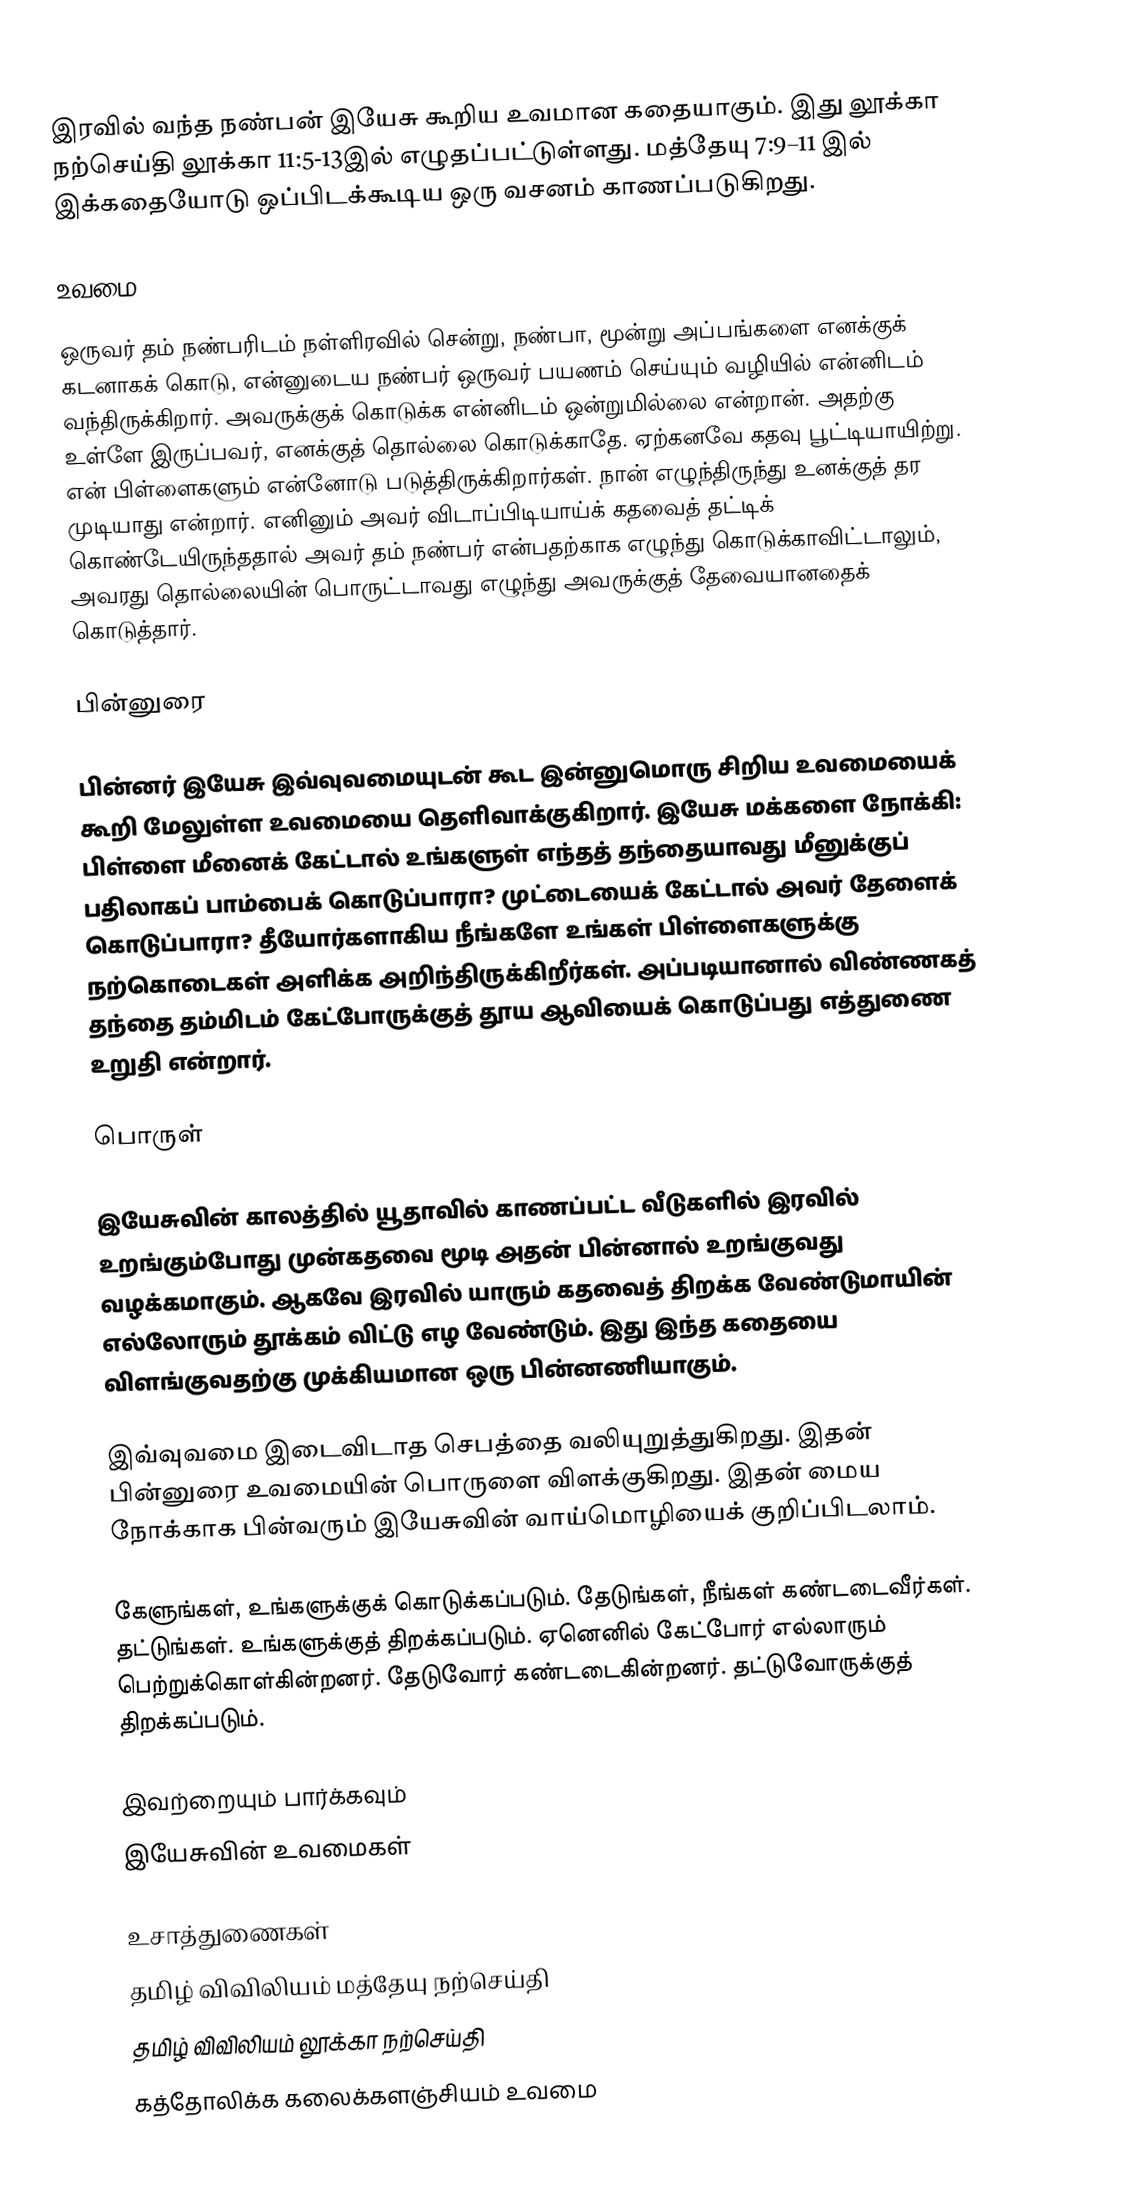
இரவில் வந்த நண்பன்  இயேசு கூறிய உவமான கதையாகும். இது லூக்கா நற்செய்தி லூக்கா 11:5-13இல் எழுதப்பட்டுள்ளது. மத்தேயு  7:9–11 இல் இக்கதையோடு ஒப்பிடக்கூடிய ஒரு வசனம் காணப்படுகிறது.

உவமை

ஒருவர் தம் நண்பரிடம் நள்ளிரவில் சென்று, நண்பா, மூன்று அப்பங்களை எனக்குக் கடனாகக் கொடு, என்னுடைய நண்பர் ஒருவர் பயணம் செய்யும் வழியில் என்னிடம் வந்திருக்கிறார். அவருக்குக் கொடுக்க என்னிடம் ஒன்றுமில்லை என்றான். அதற்கு உள்ளே இருப்பவர், எனக்குத் தொல்லை கொடுக்காதே. ஏற்கனவே கதவு பூட்டியாயிற்று. என் பிள்ளைகளும் என்னோடு படுத்திருக்கிறார்கள். நான் எழுந்திருந்து உனக்குத் தர முடியாது என்றார். எனினும் அவர் விடாப்பிடியாய்க் கதவைத் தட்டிக் கொண்டேயிருந்ததால் அவர் தம் நண்பர் என்பதற்காக எழுந்து கொடுக்காவிட்டாலும், அவரது தொல்லையின் பொருட்டாவது எழுந்து அவருக்குத் தேவையானதைக் கொடுத்தார்.

பின்னுரை

பின்னர் இயேசு இவ்வுவமையுடன் கூட இன்னுமொரு சிறிய உவமையைக் கூறி மேலுள்ள உவமையை தெளிவாக்குகிறார். இயேசு மக்களை நோக்கி: பிள்ளை மீனைக் கேட்டால் உங்களுள் எந்தத் தந்தையாவது மீனுக்குப் பதிலாகப் பாம்பைக் கொடுப்பாரா? முட்டையைக் கேட்டால் அவர் தேளைக் கொடுப்பாரா? தீயோர்களாகிய நீங்களே உங்கள் பிள்ளைகளுக்கு நற்கொடைகள் அளிக்க அறிந்திருக்கிறீர்கள். அப்படியானால் விண்ணகத் தந்தை தம்மிடம் கேட்போருக்குத் தூய ஆவியைக் கொடுப்பது எத்துணை உறுதி என்றார்.

பொருள்

இயேசுவின் காலத்தில் யூதாவில் காணப்பட்ட வீடுகளில் இரவில் உறங்கும்போது முன்கதவை மூடி அதன் பின்னால் உறங்குவது வழக்கமாகும். ஆகவே இரவில் யாரும் கதவைத் திறக்க வேண்டுமாயின் எல்லோரும் தூக்கம் விட்டு எழ வேண்டும். இது இந்த கதையை விளங்குவதற்கு முக்கியமான ஒரு பின்னணியாகும்.

இவ்வுவமை இடைவிடாத செபத்தை வலியுறுத்துகிறது. இதன் பின்னுரை உவமையின் பொருளை விளக்குகிறது. இதன் மைய நோக்காக பின்வரும் இயேசுவின் வாய்மொழியைக் குறிப்பிடலாம்.

கேளுங்கள், உங்களுக்குக் கொடுக்கப்படும். தேடுங்கள், நீங்கள் கண்டடைவீர்கள். தட்டுங்கள். உங்களுக்குத் திறக்கப்படும். ஏனெனில் கேட்போர் எல்லாரும் பெற்றுக்கொள்கின்றனர். தேடுவோர் கண்டடைகின்றனர். தட்டுவோருக்குத் திறக்கப்படும்.

இவற்றையும் பார்க்கவும்
இயேசுவின் உவமைகள்

உசாத்துணைகள்
 தமிழ் விவிலியம் மத்தேயு நற்செய்தி
 தமிழ் விவிலியம் லூக்கா நற்செய்தி
 கத்தோலிக்க கலைக்களஞ்சியம் உவமை